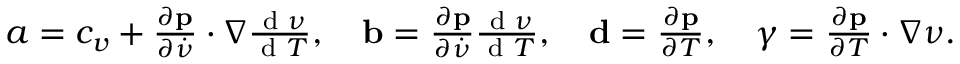
\begin{array} { r } { a = c _ { v } + \frac { \partial \mathbf p } { \partial \dot { \nu } } \cdot \nabla \frac { \textrm { d } \nu } { \textrm { d } T } , \quad \mathbf b = \frac { \partial \mathbf p } { \partial \dot { \nu } } \frac { \textrm { d } \nu } { \textrm { d } T } , \quad \mathbf d = \frac { \partial \mathbf p } { \partial T } , \quad \gamma = \frac { \partial \mathbf p } { \partial T } \cdot \nabla \nu . } \end{array}